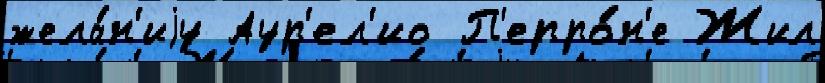
жела́н'иjу Аур'ел'ио П'ерро́н'е Жил